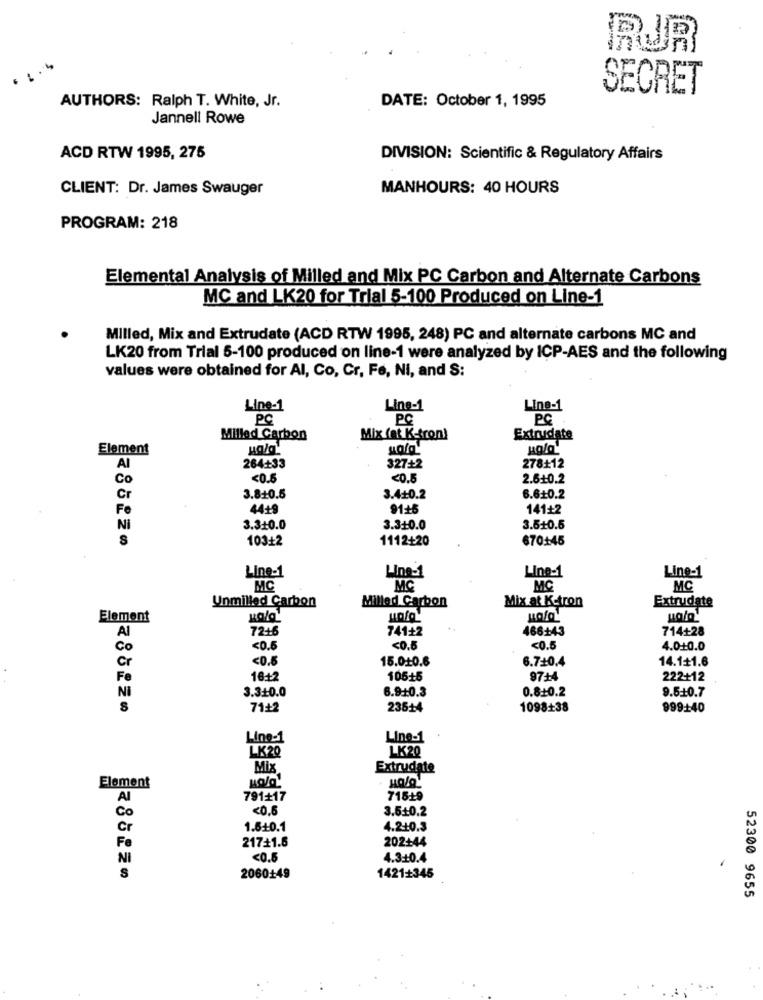
PJR
SECRET
AUTHORS: Ralph T. White, Jr.
DATE: October 1, 1995
Jannell Rowe
ACD RTW 1995, 275
DIVISION: Scientific & Regulatory Affairs
CLIENT: Dr. James Swauger
MANHOURS: 40 HOURS
PROGRAM: 218
Elemental Analysis of Milled and Mix PC Carbon and Alternate Carbons
MC and LK20 for Trial 5-100 Produced on Line-1
Milled, Mix and Extrudate (ACD RTW 1995, 248) PC and alternate carbons MC and
LK20 from Trial 5-100 produced on line-1 were analyzed by ICP-AES and the following
values were obtained for Al, Co, Cr, Fe, Ni, and S:
Ling-1
Ling-1
Line-1
PC
PC
PC
Milled Carbon
Mix (at K-tron)
Extrudate
Element
AI
264+33
327+2
278+12
Co
<0.5
<0.5
2.6.10.2
Cr
3.8:10.5
3.4+0.2
6.6+0.2
Fo
44+9
91+5
141+2
Ni
3.3.10.0
3.310.0
3.5+0.5
S
103+2
1112+20
670+45
Line-1
Line-1
Line-1
Ling-1
MC
MG
MC
MC
Unmilled Carbon
Milled Carbon
Extrudate
Mix at Ketron
Element
A
7216
741+2
466+43
714+28
Co
<0.6
<0.5
<0.5
4.0.10.0
Cr
<0.5
15.010.6
6.7+0,4
14.1+1.6
Fe
16+2
105+5
97+4
222+12
NI
3.3+0.0
6.9-10.3
0.8.10.2
9.5.10.7
71+2
23614
1098+38
999+40
Line-1
Line-1
LK20
LK20
Mix
Extrudate
Element
AI
791+17
715:19
Co
<0.6
3.5+0.2
Cr
1.610.1
4.240.3
Fe
217+1.6
202+44
Ni
<0.5
4.3.10.4
S
2060+49
1421+345
52300 9655